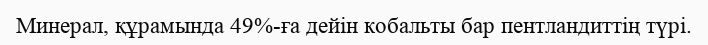
Mинерал, құрамында 49%-ға дейін кобальты бар пентландиттің түрі.